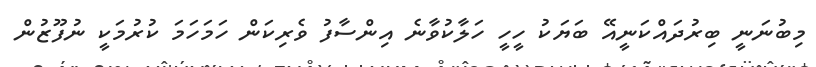
މިބުނަނީ ބިރުދައްކަނީއޭ ބަޔަކު ހީހީ ހަލާކުވާނެ އިންސާފު ވެރިކަން ހަމަހަމަ ކުރުމަކީ ނުފޫޒުން